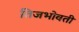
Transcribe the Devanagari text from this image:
तिजभोवती